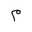
Letter: _mim